Indian journal of veterinary science and animal husbandry - Volumes 22-23, 1952-1953
Year: 1952
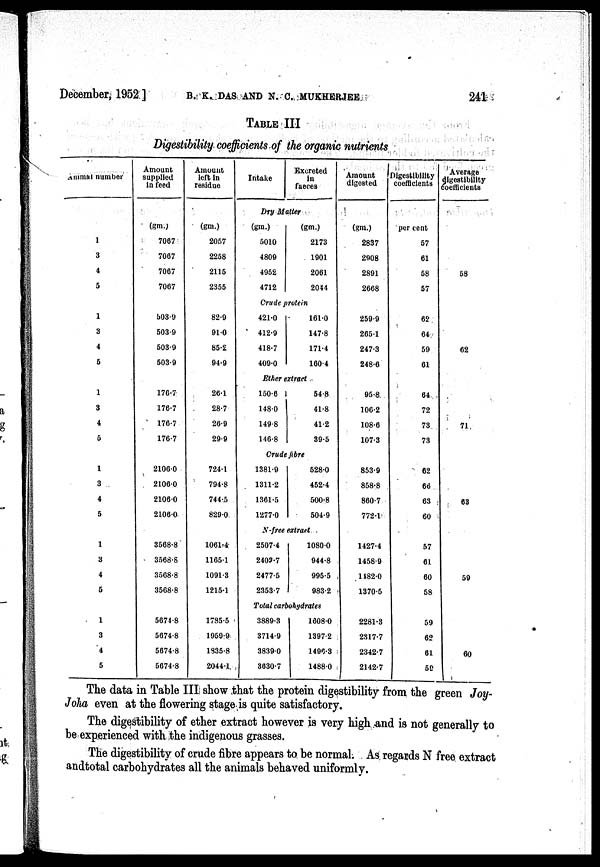
December, 1952]
B. K. DAS AND N. C. MUKHERJEE 241
TABLE III
Digestibility coefficients of the organic nutrients
Animal number
1
3
4
5
1
3
4
5
1
3
4
5
1
3
4
5
1
3
4
5
1
3
4
5
Amount
supplied
in feed
(gm.)
7067
7007
7067
7067
503-9
503.9
503.9
503.9
176.7
176.7
176.7
176.7
21060
2106.0
2106.0
2106.0
3568.8
3568.8
3568.8
3568.8
5671.8
5674.8
5674.8
5674.8
Amount
left in
residue
(gm.)
2057
2258
2115
2355
82.9
91.0
85.2
94.9
26.1
28.7
26.9
29.9
724.1
794.8
744.5
829.0
1061.4
1165.1
1091.3
1215.1
1785.5
1959.9
1835.8
2044.1.
Intake
Excreted
in
faeces
Dry Matter
(gm.)
5010
4809
4952
4712
(gm.)
2173
1901
2061
2044
Crude protein
421.0
412.9
418.7
409.0
161.0
147.8
171.4
160.4
Ether extract.
150.6
148.0
149.8
146.8
54.8
41.8
41.2
39.5
Crude fibre
1381.9
1311.2
1361.5
1277.0
528.0
452.4
500.8
504.9
N-free extract
2507.4
2403.7
2477.5
2353.7
1080.0
944.8
995.5
983.2
Total carbohydrates
3889.3
3714.9
3839.0
3030.7
1808.0
1397.2
1496.3
1488.0
Amount
digested
(gm.)
2837
2908
2891
2668
259.9
265.1
247.3
248.6
95.8
100.2
108.0
107.3
853.9
858.83
860.7
772.1
1427.4
1458.9
l482.0
1370.5
2281.3
2317.7
2342.7
2142.7
Digestibility
coefliclents
per cent
57
61
58
57
62
64
59
61
64
72
73
73
62
66
63
60
57
61
60
58
59
62
61
59
Average
digestibility
coeflicients
58
62
71
63
59
60
The data in Table III show that the protein digestibility from the green Joy.
Joha even at the flowering stage is quite satisfactory.
The digestibility of ether extract however is very high and is not generally to
be experienced with ;the indigenous grasses.
The digestibility of crude fibre appears to be normal. As regards N free extract
andtotal carbohydrates all the animals behaved uniformly.